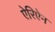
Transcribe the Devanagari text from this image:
ऐरिऐन